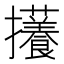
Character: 𪯃